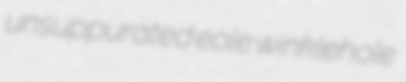
unsuppurated eole winklehole